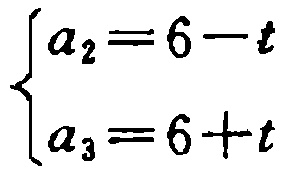
\[\begin{cases}
a_{2}=6 - t\\
a_{3}=6 + t
\end{cases}\]